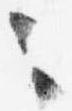
々